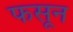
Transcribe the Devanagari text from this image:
फसून